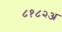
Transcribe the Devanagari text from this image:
८१८२अ